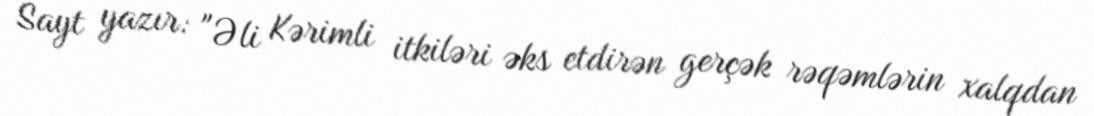
Sayt yazır: "Əli Kərimli itkiləri əks etdirən gerçək rəqəmlərin xalqdan